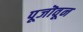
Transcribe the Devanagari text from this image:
पूजॊवून